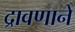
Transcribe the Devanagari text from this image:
द्रावणाने